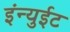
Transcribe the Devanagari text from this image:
इंन्युईट